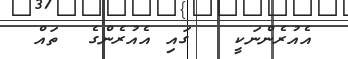
އެއުރެންނަކީ   ގައި އެއުރެންގެ  ތައް